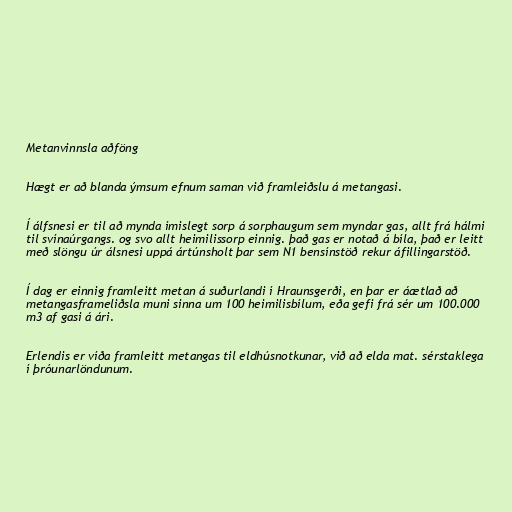
Metanvinnsla aðföng

Hægt er að blanda ýmsum efnum saman við framleiðslu á metangasi.

Í álfsnesi er til að mynda ímislegt sorp á sorphaugum sem myndar gas, allt frá hálmi
til svínaúrgangs. og svo allt heimilissorp einnig. það gas er notað á bíla, það er leitt
með slöngu úr álsnesi uppá ártúnsholt þar sem N1 bensínstöð rekur áfillingarstöð.

Í dag er einnig framleitt metan á suðurlandi í Hraunsgerði, en þar er áætlað að
metangasframeliðsla muni sinna um 100 heimilisbílum, eða gefi frá sér um 100.000
m3 af gasi á ári.

Erlendis er víða framleitt metangas til eldhúsnotkunar, við að elda mat. sérstaklega
í þróunarlöndunum.